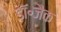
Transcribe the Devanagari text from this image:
डॉ॰जैक